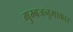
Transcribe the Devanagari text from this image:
गुम्बजनुमाकार